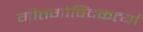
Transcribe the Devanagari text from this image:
गीतगोविंदकर्त्या